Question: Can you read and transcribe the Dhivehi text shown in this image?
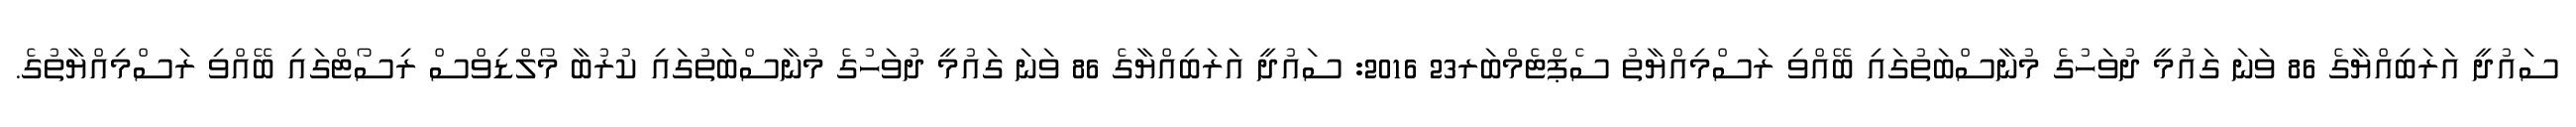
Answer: ސައުދީ އަރަބިއްޔާގެ 86 ވަނަ ގައުމީ ދުވަހުގެ މުނާސްބަތުގައި ބޭއްވި ރަސްމިއްޔާތު ސެޕްޓެމްބަރ23 2016: ސައުދީ އަރަބިއްޔާގެ 86 ވަނަ ގައުމީ ދުވަހުގެ މުނާސްބަތުގައި ކުރުބާ މޯލްޑިވްސް ރިސޯޓްގައި ބޭއްވި ރަސްމިއްޔާތުގެ.